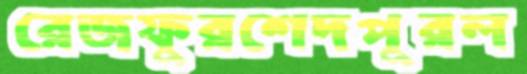
রেজফুরশেদপুরল